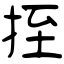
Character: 挃